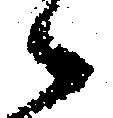
候